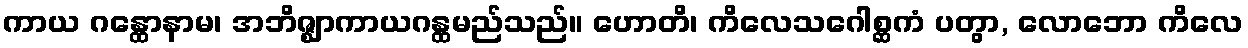
ကာယ ဂန္ထောနာမ၊ အဘိဇ္ဈာကာယဂန္ထမည်သည်။ ဟောတိ၊ ကိလေသဂေါစ္ဆကံ ပတွာ, လောဘော ကိလေ